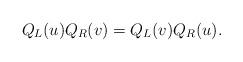
LaTeX: \begin{align*}Q_L(u) Q_R(v) = Q_L(v) Q_R(u).\end{align*}